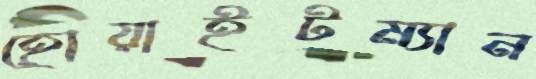
হোয়াইটম্যান